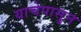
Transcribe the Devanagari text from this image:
याचेपासुन